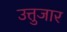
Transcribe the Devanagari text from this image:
उत्तुजार